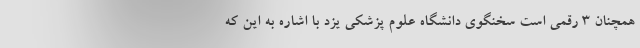
همچنان ۳ رقمی است سخنگوی دانشگاه علوم پزشکی یزد با اشاره به این که